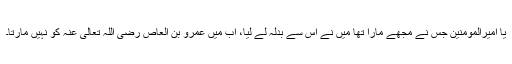
یا امیرالمومنین جس نے مجھے مارا تھا میں نے اس سے بدلہ لے لیا، اب میں عمرو بن العاص رضی اللہ تعالیٰ عنہ کو نہیں مارتا۔